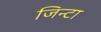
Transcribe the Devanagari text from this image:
जिन्टा